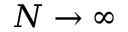
N \rightarrow \infty